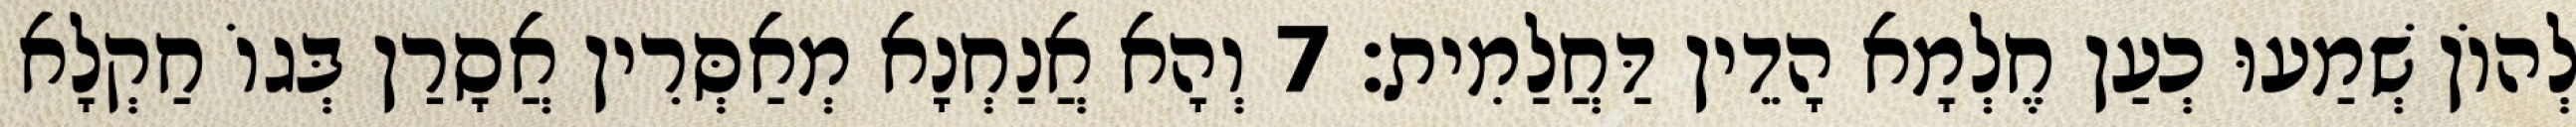
לְהוֹן שְׁמַעוּ כְעַן חֶלְמָא הָדֵין דַּחֲלַמִית׃ 7 וְהָא אֲנַחְנָא מְאַסְּרִין אֲסָרַן בְּגוֹ חַקְלָא